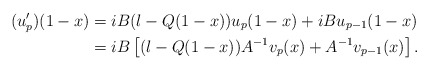
\begin{align*} (u_p')(1-x) &= i B (\l - Q(1-x)) u_p(1-x) + i B u_{p-1}(1-x) \\ &= i B \left[(\l - Q(1-x)) A^{-1} v_p(x) + A^{-1} v_{p-1}(x) \right].\end{align*}